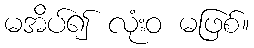
မအိပ်၍ လုံးဝ မဖြစ်။